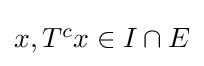
{\textstyle x,T^{c}x\in I\cap E}